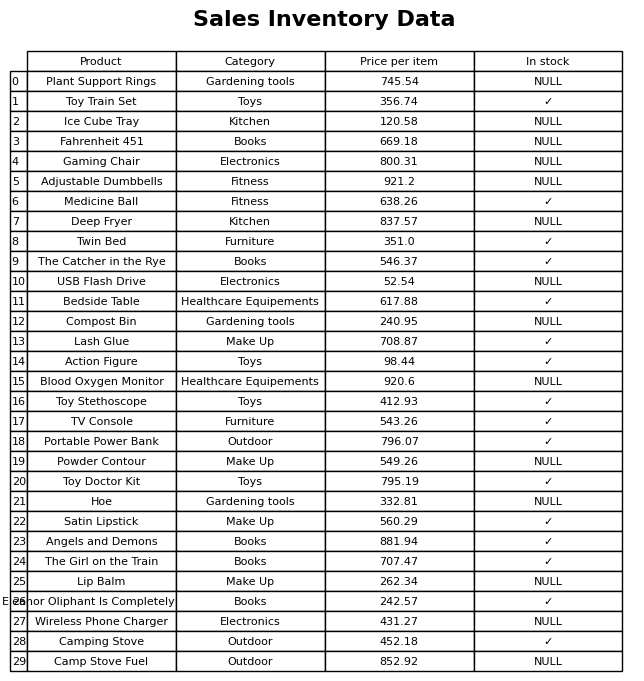
question: What is the price of the Toy Train Set?
answer: The price of Toy Train Set is 356.74.